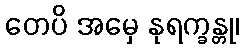
တေပိ အမှေ နုရက္ခန္တု၊